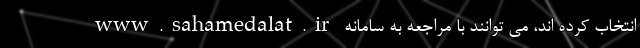
انتخاب کرده اند، می توانند با مراجعه به سامانه www.sahamedalat.ir